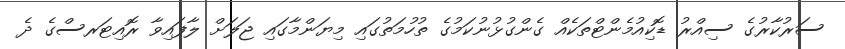
ސަރުކާރުގެ ސިއްރު ޑޮކިއުމެންޓްތަކެއް ގެންގުޅުނުކަމުގެ ތުހުމަތުގައި މިޔަންމާގައި ޖަލަށް ލާފައިވާ ރޮއިޓަރސްގެ ދެ